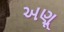
અણૂ